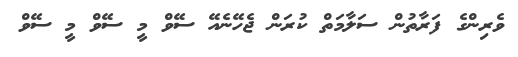
ވެރިންގެ ފަރާތުން ސަލާމަތް ކުރަން ޖެހޭނެއޭ ސޭވް މީ ސޭވް މީ ސޭވް